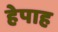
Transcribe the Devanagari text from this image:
हेपाह